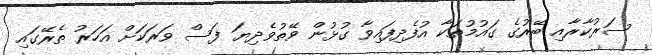
ސަރުކާރާއި ބޭރުގެ ގައުމުތަކާ އުފެދިފައިވާ ގުޅުން ވޭތުވެދިޔަ ފަސް ވަރަކަށް އަހަރު ތެރޭގައި